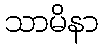
သာမိနာ